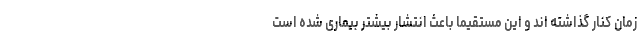
زمان کنار گذاشته اند و این مستقیما باعث انتشار بیشتر بیماری شده است